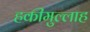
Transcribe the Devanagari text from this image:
हकीमुल्लाह